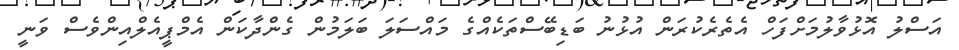
އަސްލު އޮޅުވާލުމަށްފަހް އެތެރެކުރަން އުޅުނު ބަޑިބޭސްތަކެއްގެ މައްސަލަ ބަލަމުން ގެންދާކަން އެމްޕީއެލްއިންވެސް ވަނީ